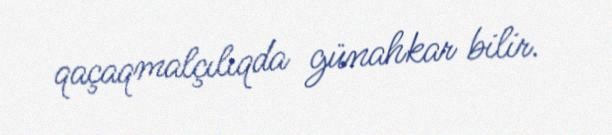
qaçaqmalçılıqda günahkar bilir.